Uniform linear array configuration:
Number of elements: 64
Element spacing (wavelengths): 1
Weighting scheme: uniform
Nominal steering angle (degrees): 0
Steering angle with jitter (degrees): -0.9617
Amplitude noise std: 0.05
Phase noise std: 0.05

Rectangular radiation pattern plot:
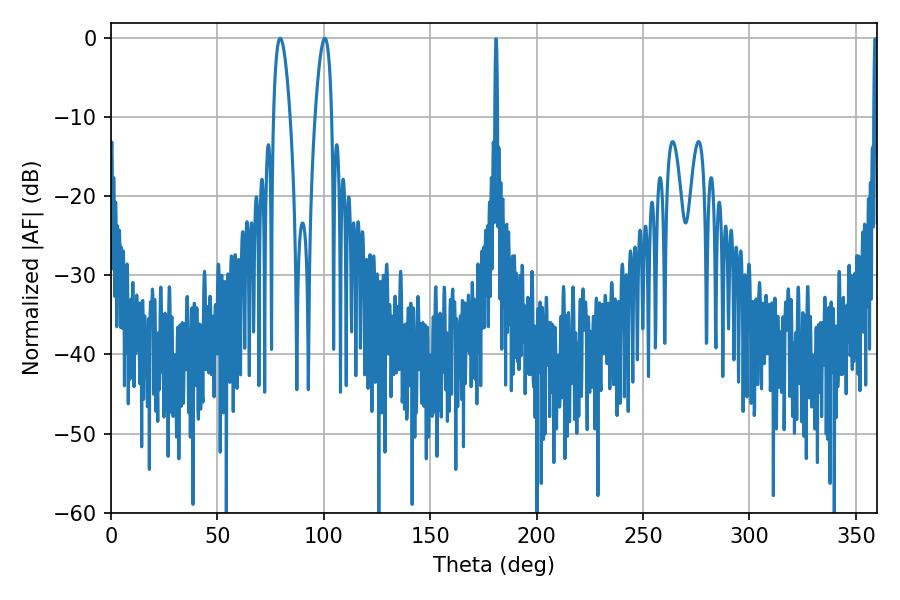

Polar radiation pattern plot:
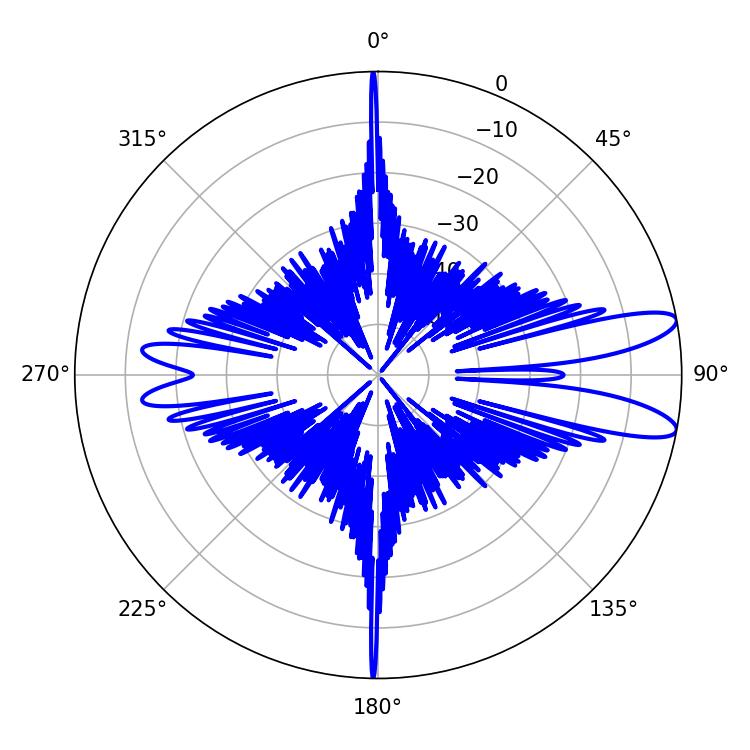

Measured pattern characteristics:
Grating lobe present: TRUE
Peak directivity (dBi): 11.163
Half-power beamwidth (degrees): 4.32
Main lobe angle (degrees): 100.44